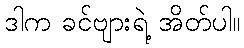
ဒါက ခင်ဗျားရဲ့ အိတ်ပါ။